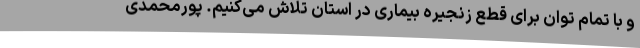
و با تمام توان برای قطع زنجیره بیماری در استان تلاش می‌کنیم. پورمحمدی